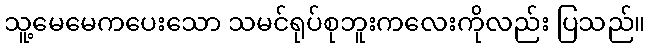
သူ့မေမေကပေးသော သမင်ရုပ်စုဘူးကလေးကိုလည်း ပြသည်။